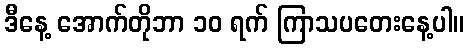
ဒီနေ့ အောက်တိုဘာ ၁၀ ရက် ကြာသပတေးနေ့ပါ။